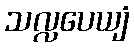
သလ္လပေယျံ